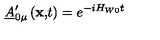
\underline { { A } } _ { 0 \mu } ^ { \prime } \left( \mathbf { x , } t \right) = e ^ { - i H _ { W 0 } t }